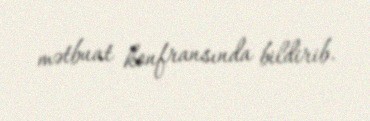
mətbuat konfransında bildirib.